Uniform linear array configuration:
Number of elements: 16
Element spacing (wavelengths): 0.75
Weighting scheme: kaiser
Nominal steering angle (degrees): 60
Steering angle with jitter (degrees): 60.401
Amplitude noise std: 0.05
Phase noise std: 0.05

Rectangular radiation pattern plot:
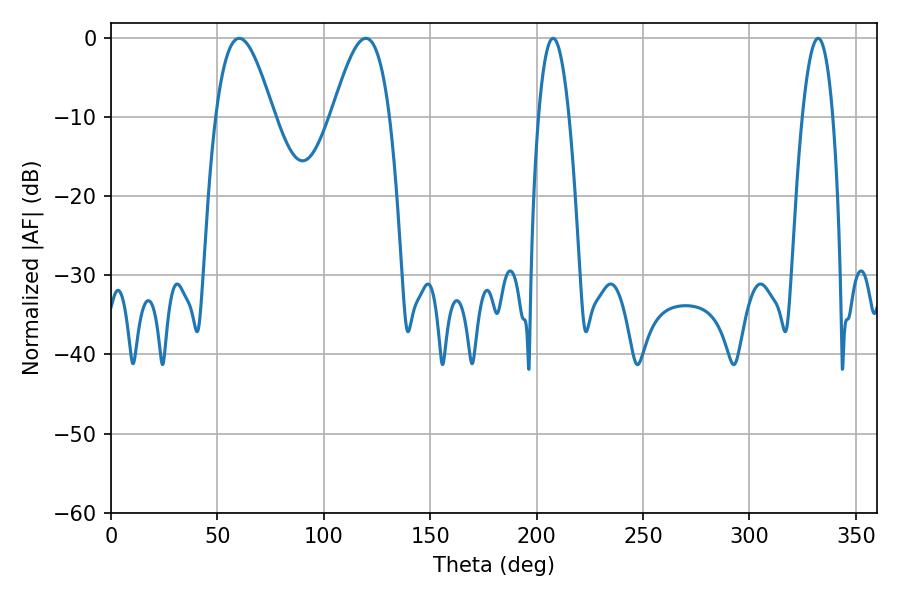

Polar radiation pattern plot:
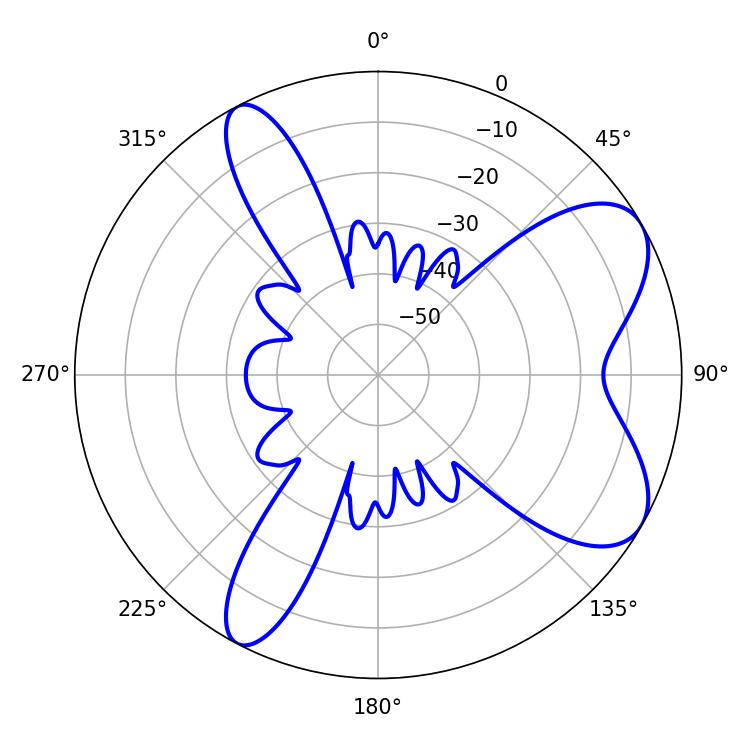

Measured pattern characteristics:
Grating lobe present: TRUE
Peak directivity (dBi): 7.419
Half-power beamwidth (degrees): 7.92
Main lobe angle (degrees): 207.72